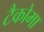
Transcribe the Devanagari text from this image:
टैकोमा